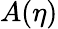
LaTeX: A(\eta)